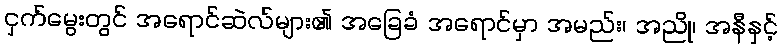
ငှက်မွေးတွင် အရောင်ဆဲလ်များ၏ အခြေခံ အရောင်မှာ အမည်း၊ အညို၊ အနီနှင့်